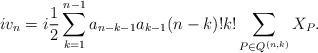
LaTeX: \begin{align*}i v_n &= i \frac 12 \sum_{k=1}^{n-1} a_{n-k-1} a_{k-1} (n-k)! k! \sum_{P\in Q^{(n,k)}} X_{P }.\end{align*}